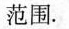
范围。